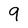
Character: 9